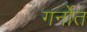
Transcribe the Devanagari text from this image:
गर्नोत